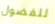
للفضول